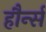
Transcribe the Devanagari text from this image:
हौर्न्स